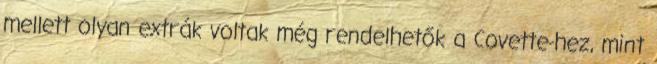
mellett olyan extrák voltak még rendelhetők a Covette-hez, mint